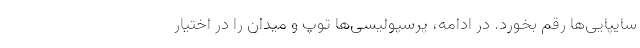
سایپایی‌ها رقم بخورد. در ادامه، پرسپولیسی‌ها توپ و میدان را در اختیار